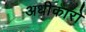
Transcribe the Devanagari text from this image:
अधीकारो